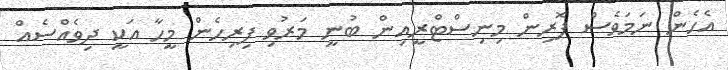
އެހެން ނަމަވެސް ފޮރިން މިނިސްޓްރީއިން ބުނީ މަރުވި ފިރިހެން މީހާ އަކީ ދިވެއްސެއް